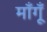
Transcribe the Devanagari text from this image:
माँगूँ